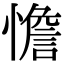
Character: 憺